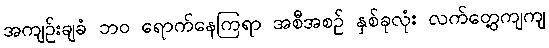
အကျဉ်းချခံ ဘဝ ရောက်နေကြရာ အစီအစဉ် နှစ်ခုလုံး လက်တွေ့ကျကျ